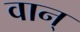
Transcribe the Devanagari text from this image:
वान्